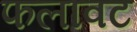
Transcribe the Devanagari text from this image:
फलावट